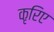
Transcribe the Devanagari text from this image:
कृरिए